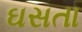
ઘસતા